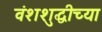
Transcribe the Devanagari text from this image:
वंशशुद्धीच्या